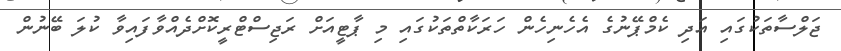
ޖަލްސާތަކުގައި އަދި ކެމްޕޭނުގެ އެހެނިހެން ހަރަކާތްތަކުގައި މި ޕާޓީއަށް ރަޖިސްޓްރީކޮށްދެއްވާފައިވާ ކުލަ ބޭނުން